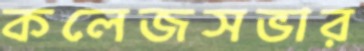
কলেজসভার